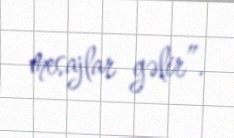
mesajlar gəlir”.